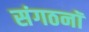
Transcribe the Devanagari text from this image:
संगठनॉ